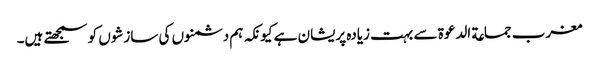
مغرب جماعة الدعوة سے بہت زیادہ پریشان ہے کیونکہ ہم دشمنوں کی سازشوں کو سمجھتے ہیں۔